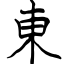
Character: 東